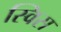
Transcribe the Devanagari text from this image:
स्‍विस